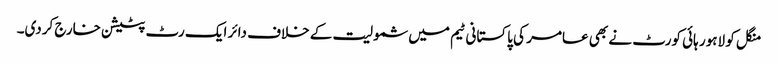
منگل کو لاہور ہائی کورٹ نے بھی عامر کی پاکستانی ٹیم میں شمولیت کے خلاف دائر ایک رٹ پٹیشن خارج کردی۔